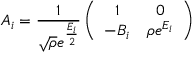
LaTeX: A _ { i } = { \frac { 1 } { \sqrt { \rho } e ^ { \frac { E _ { i } } { 2 } } } } \left( \begin{array} { c c } { { 1 } } & { { 0 } } \\ { { - B _ { i } } } & { { \rho e ^ { E _ { i } } } } \end{array} \right)